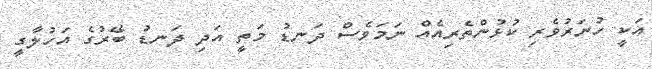
އަކީ ހުނަރުވެރި ކުޅުންތެރިއެއް ނަމަވެސް ދަނޑު މަތީ އަދި ދަނޑު ބޭރުގެ އަހުލާގީ